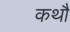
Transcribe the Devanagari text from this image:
कथौ